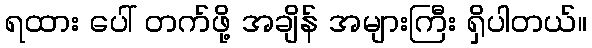
ရထား ပေါ် တက်ဖို့ အချိန် အများကြီး ရှိပါတယ်။